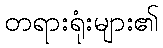
တရားရုံးများ၏